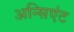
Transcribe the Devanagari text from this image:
अन्सिएंट